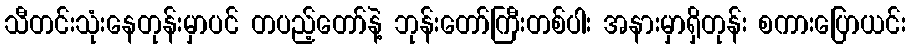
သီတင်းသုံးနေတုန်းမှာပင် တပည့်တော်နဲ့ ဘုန်းတော်ကြီးတစ်ပါး အနားမှာရှိတုန်း စကားပြောယင်း